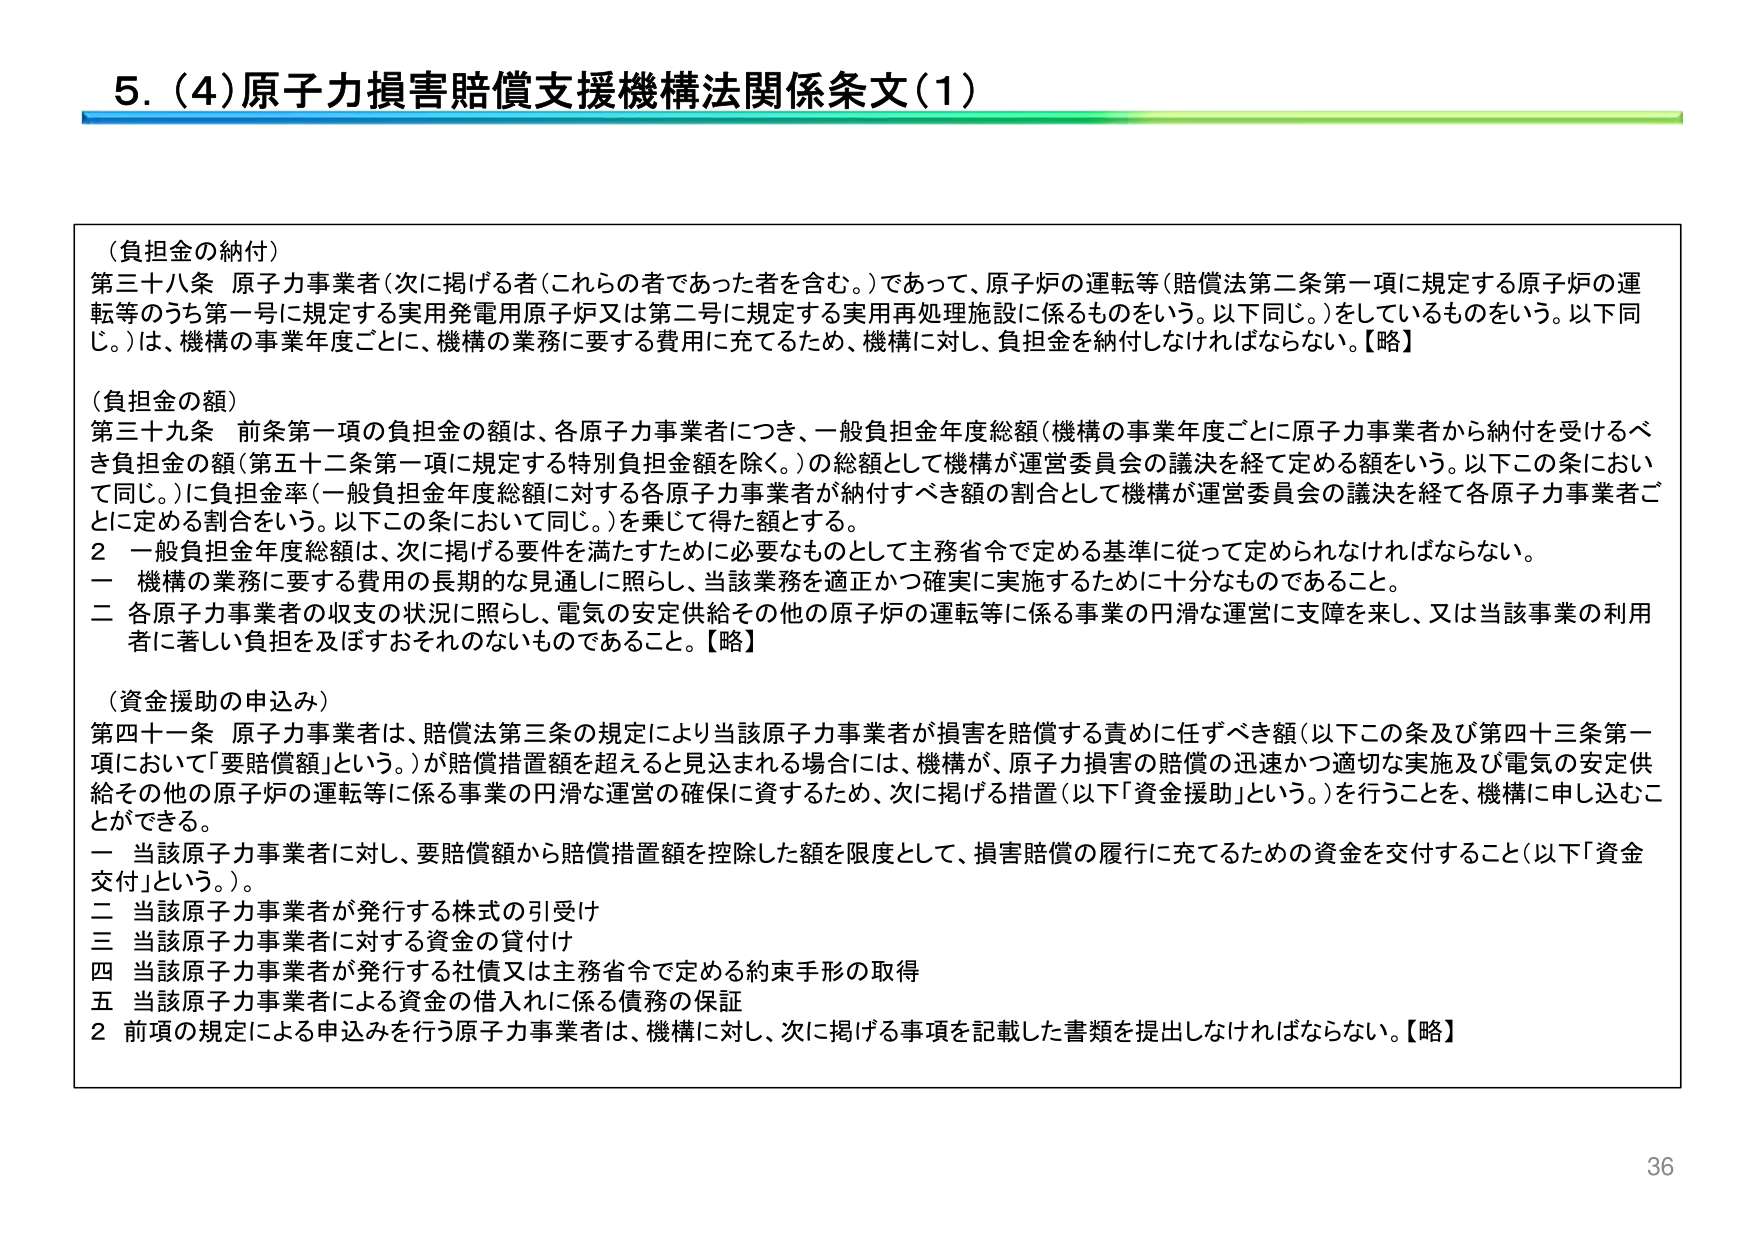
5.（4）原子力損害賠償支援機構法関係条文（1）

（負担金の納付）
第三十八条 原子力事業者（次に掲げる者（これらの者であった者を含む。）であって、原子炉の運転等（賠償法第二条第一項に規定する原子炉の運転等のうち第一号に規定する実用発電用原子炉又は第二号に規定する実用再処理施設に係るものをいう。以下同じ。）をしているものをいう。以下同じ。）は、機構の事業年度ごとに、機構の業務に要する費用に充てるため、機構に対し、負担金を納付しなければならない。【略】

（負担金の額）
第三十九条 前条第一項の負担金の額は、各原子力事業者につき、一般負担金年度総額（機構の事業年度ごとに原子力事業者から納付を受けるべき負担金の額（第五十二条第一項に規定する特別負担金額を除く。）の総額として機構が運営委員会の議決を経て定める額をいう。以下この条において同じ。）に負担金率（一般負担金年度総額に対する各原子力事業者が納付すべき額の割合として機構が運営委員会の議決を経て各原子力事業者ごとに定める割合をいう。以下この条において同じ。）を乗じて得た額とする。
２ 一般負担金年度総額は、次に掲げる要件を満たすために必要なものとして主務省令で定める基準に従って定められなければならない。
一 機構の業務に要する費用の長期的な見通しに照らし、当該業務を適正かつ確実に実施するために十分なものであること。
二 各原子力事業者の収支の状況に照らし、電気の安定供給その他の原子炉の運転等に係る事業の円滑な運営に支障を来し、又は当該事業の利用者に著しい負担を及ぼすおそれのないものであること。【略】

（資金援助の申込み）
第四十一条 原子力事業者は、賠償法第三条の規定により当該原子力事業者が損害を賠償する責めに任ずべき額（以下この条及び第四十三条第一項において「要賠償額」という。）が賠償措置額を超えると見込まれる場合には、機構が、原子力損害の賠償の迅速かつ適切な実施及び電気の安定供給その他の原子炉の運転等に係る事業の円滑な運営の確保に資するため、次に掲げる措置（以下「資金援助」という。）を行うことを、機構に申し込むことができる。
一 当該原子力事業者に対し、要賠償額から賠償措置額を控除した額を限度として、損害賠償の履行に充てるための資金を交付すること（以下「資金交付」という。）。
二 当該原子力事業者が発行する株式の引受け
三 当該原子力事業者に対する資金の貸付け
四 当該原子力事業者が発行する社債又は主務省令で定める約束手形の取得
五 当該原子力事業者による資金の借入れに係る債務の保証
２ 前項の規定による申込みを行う原子力事業者は、機構に対し、次に掲げる事項を記載した書類を提出しなければならない。【略】

36